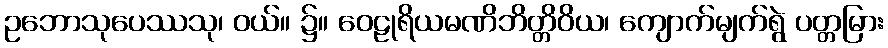
ဥဘောသုပေဿသု၊ ဝယ်။ ၌။ ဝေဠုရိယမဏိဘိတ္တိဝိယ၊ ကျောက်မျက်ရွဲ ပတ္တမြား